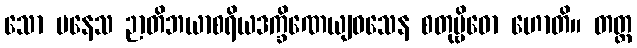
သော ပနေသ ဉာတိဘယာစရိယဒက္ခိဏေယျဝသေန စတုဗ္ဗိဓော ဟောတိ။ တတ္ထ